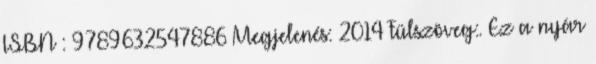
ISBN : 9789632547886 Megjelenés: 2014 Fülszöveg:. Ez a nyár